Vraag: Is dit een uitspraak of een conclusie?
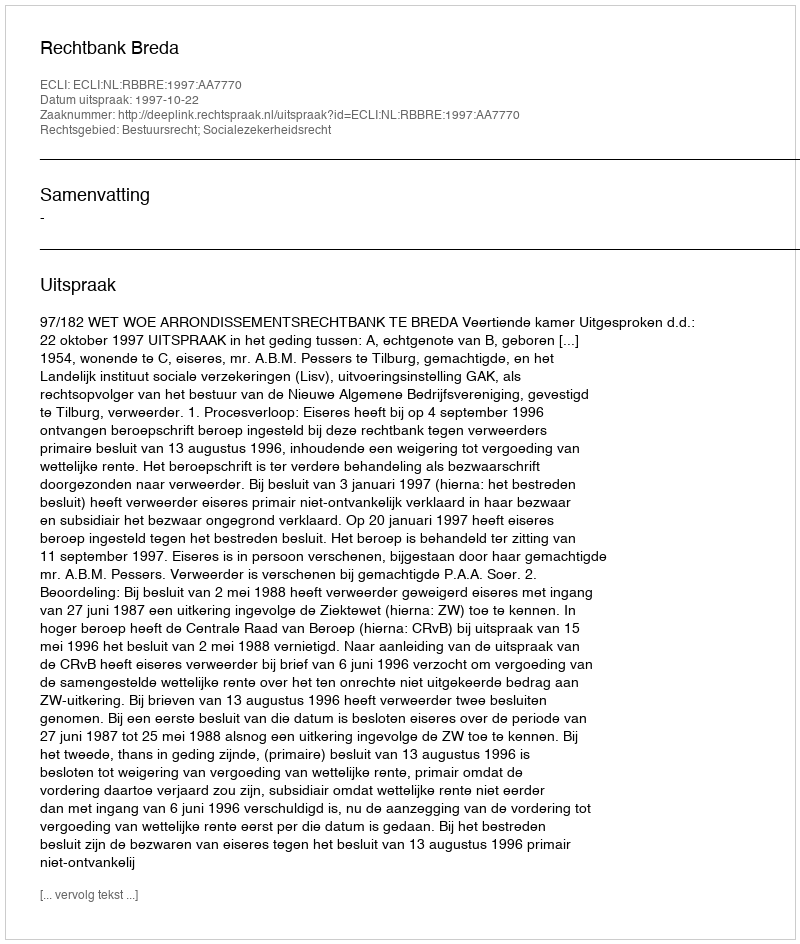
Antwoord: Uitspraak